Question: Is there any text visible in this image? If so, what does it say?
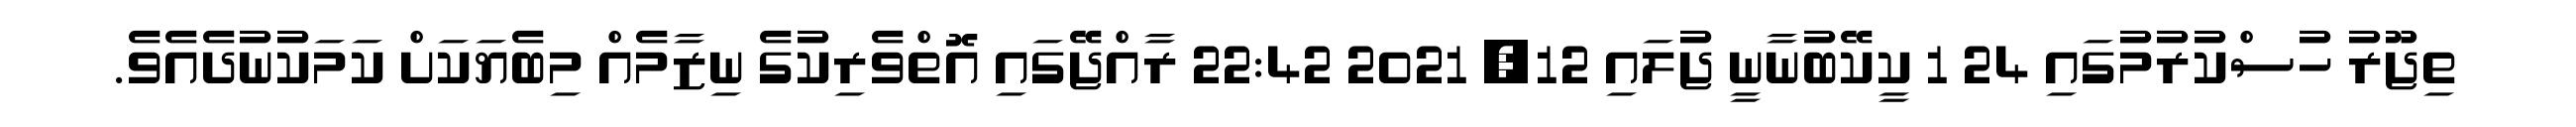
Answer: ތިޖޫރު ހުސްކުރުމުގައި 24 1 ކީކޭބުނާނީ ޖުލައި 12, 2021 22:42 ރާއްޖޭގައި އޮތްވެރިކުގެ ނިޒާމެއް މިބެޔަކަށް ކަމަކުނުދެއެވެ.